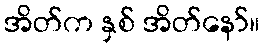
အိတ်က နှစ် အိတ်နော်။